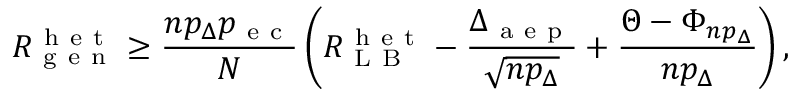
R _ { \mathrm { ~ g ~ e ~ n ~ } } ^ { \mathrm { ~ h ~ e ~ t ~ } } \geq \frac { n p _ { \Delta } p _ { \mathrm { ~ e ~ c ~ } } } { N } \left( R _ { \mathrm { ~ L ~ B ~ } } ^ { \mathrm { ~ h ~ e ~ t ~ } } - \frac { \Delta _ { \mathrm { ~ a ~ e ~ p ~ } } } { \sqrt { n p _ { \Delta } } } + \frac { \Theta - \Phi _ { n p _ { \Delta } } } { n p _ { \Delta } } \right) ,